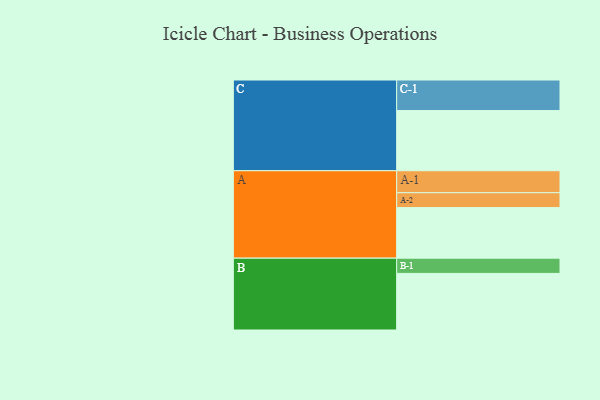
{"axis": {"x": "Segment", "y": "Value"}, "legend": ["", "A", "B", "C"], "data": [{"x": "A", "y": 495, "type": ""}, {"x": "B", "y": 554, "type": ""}, {"x": "C", "y": 589, "type": ""}, {"x": "A-1", "y": 215, "type": "A"}, {"x": "A-2", "y": 146, "type": "A"}, {"x": "B-1", "y": 149, "type": "B"}, {"x": "C-1", "y": 299, "type": "C"}]}